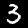
Label: 3